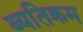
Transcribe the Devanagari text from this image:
ब्यतिक्रम